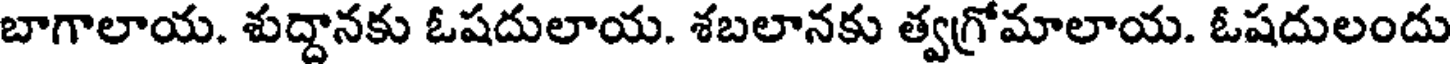
బాగాలాయ. శుద్దానకు ఓషదులాయ. శబలానకు త్వగ్రోమాలాయ. ఓషదులందు